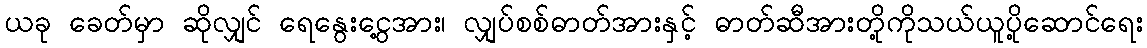
ယခု ခေတ်မှာ ဆိုလျှင် ရေနွေးငွေ့အား၊ လျှပ်စစ်ဓာတ်အားနှင့် ဓာတ်ဆီအားတို့ကိုသယ်ယူပို့ဆောင်ရေး